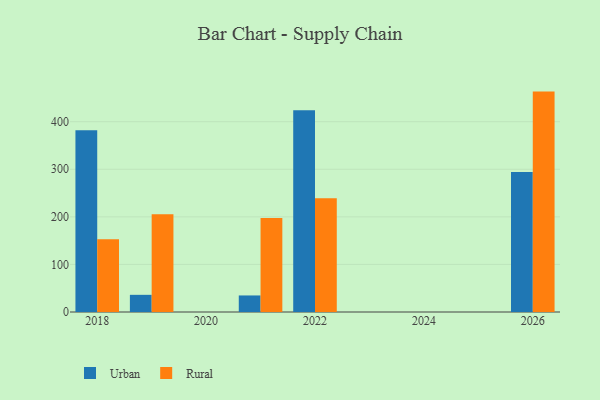
{"axis": {"x": "Year", "y": "Temperature (°C)"}, "legend": ["Rural", "Urban"], "data": [{"x": "2021", "y": 34.8, "type": "Urban"}, {"x": "2021", "y": 197.8, "type": "Rural"}, {"x": "2018", "y": 382.0, "type": "Urban"}, {"x": "2018", "y": 153.0, "type": "Rural"}, {"x": "2019", "y": 36.1, "type": "Urban"}, {"x": "2019", "y": 205.5, "type": "Rural"}, {"x": "2022", "y": 424.3, "type": "Urban"}, {"x": "2022", "y": 238.9, "type": "Rural"}, {"x": "2026", "y": 294.5, "type": "Urban"}, {"x": "2026", "y": 463.3, "type": "Rural"}]}